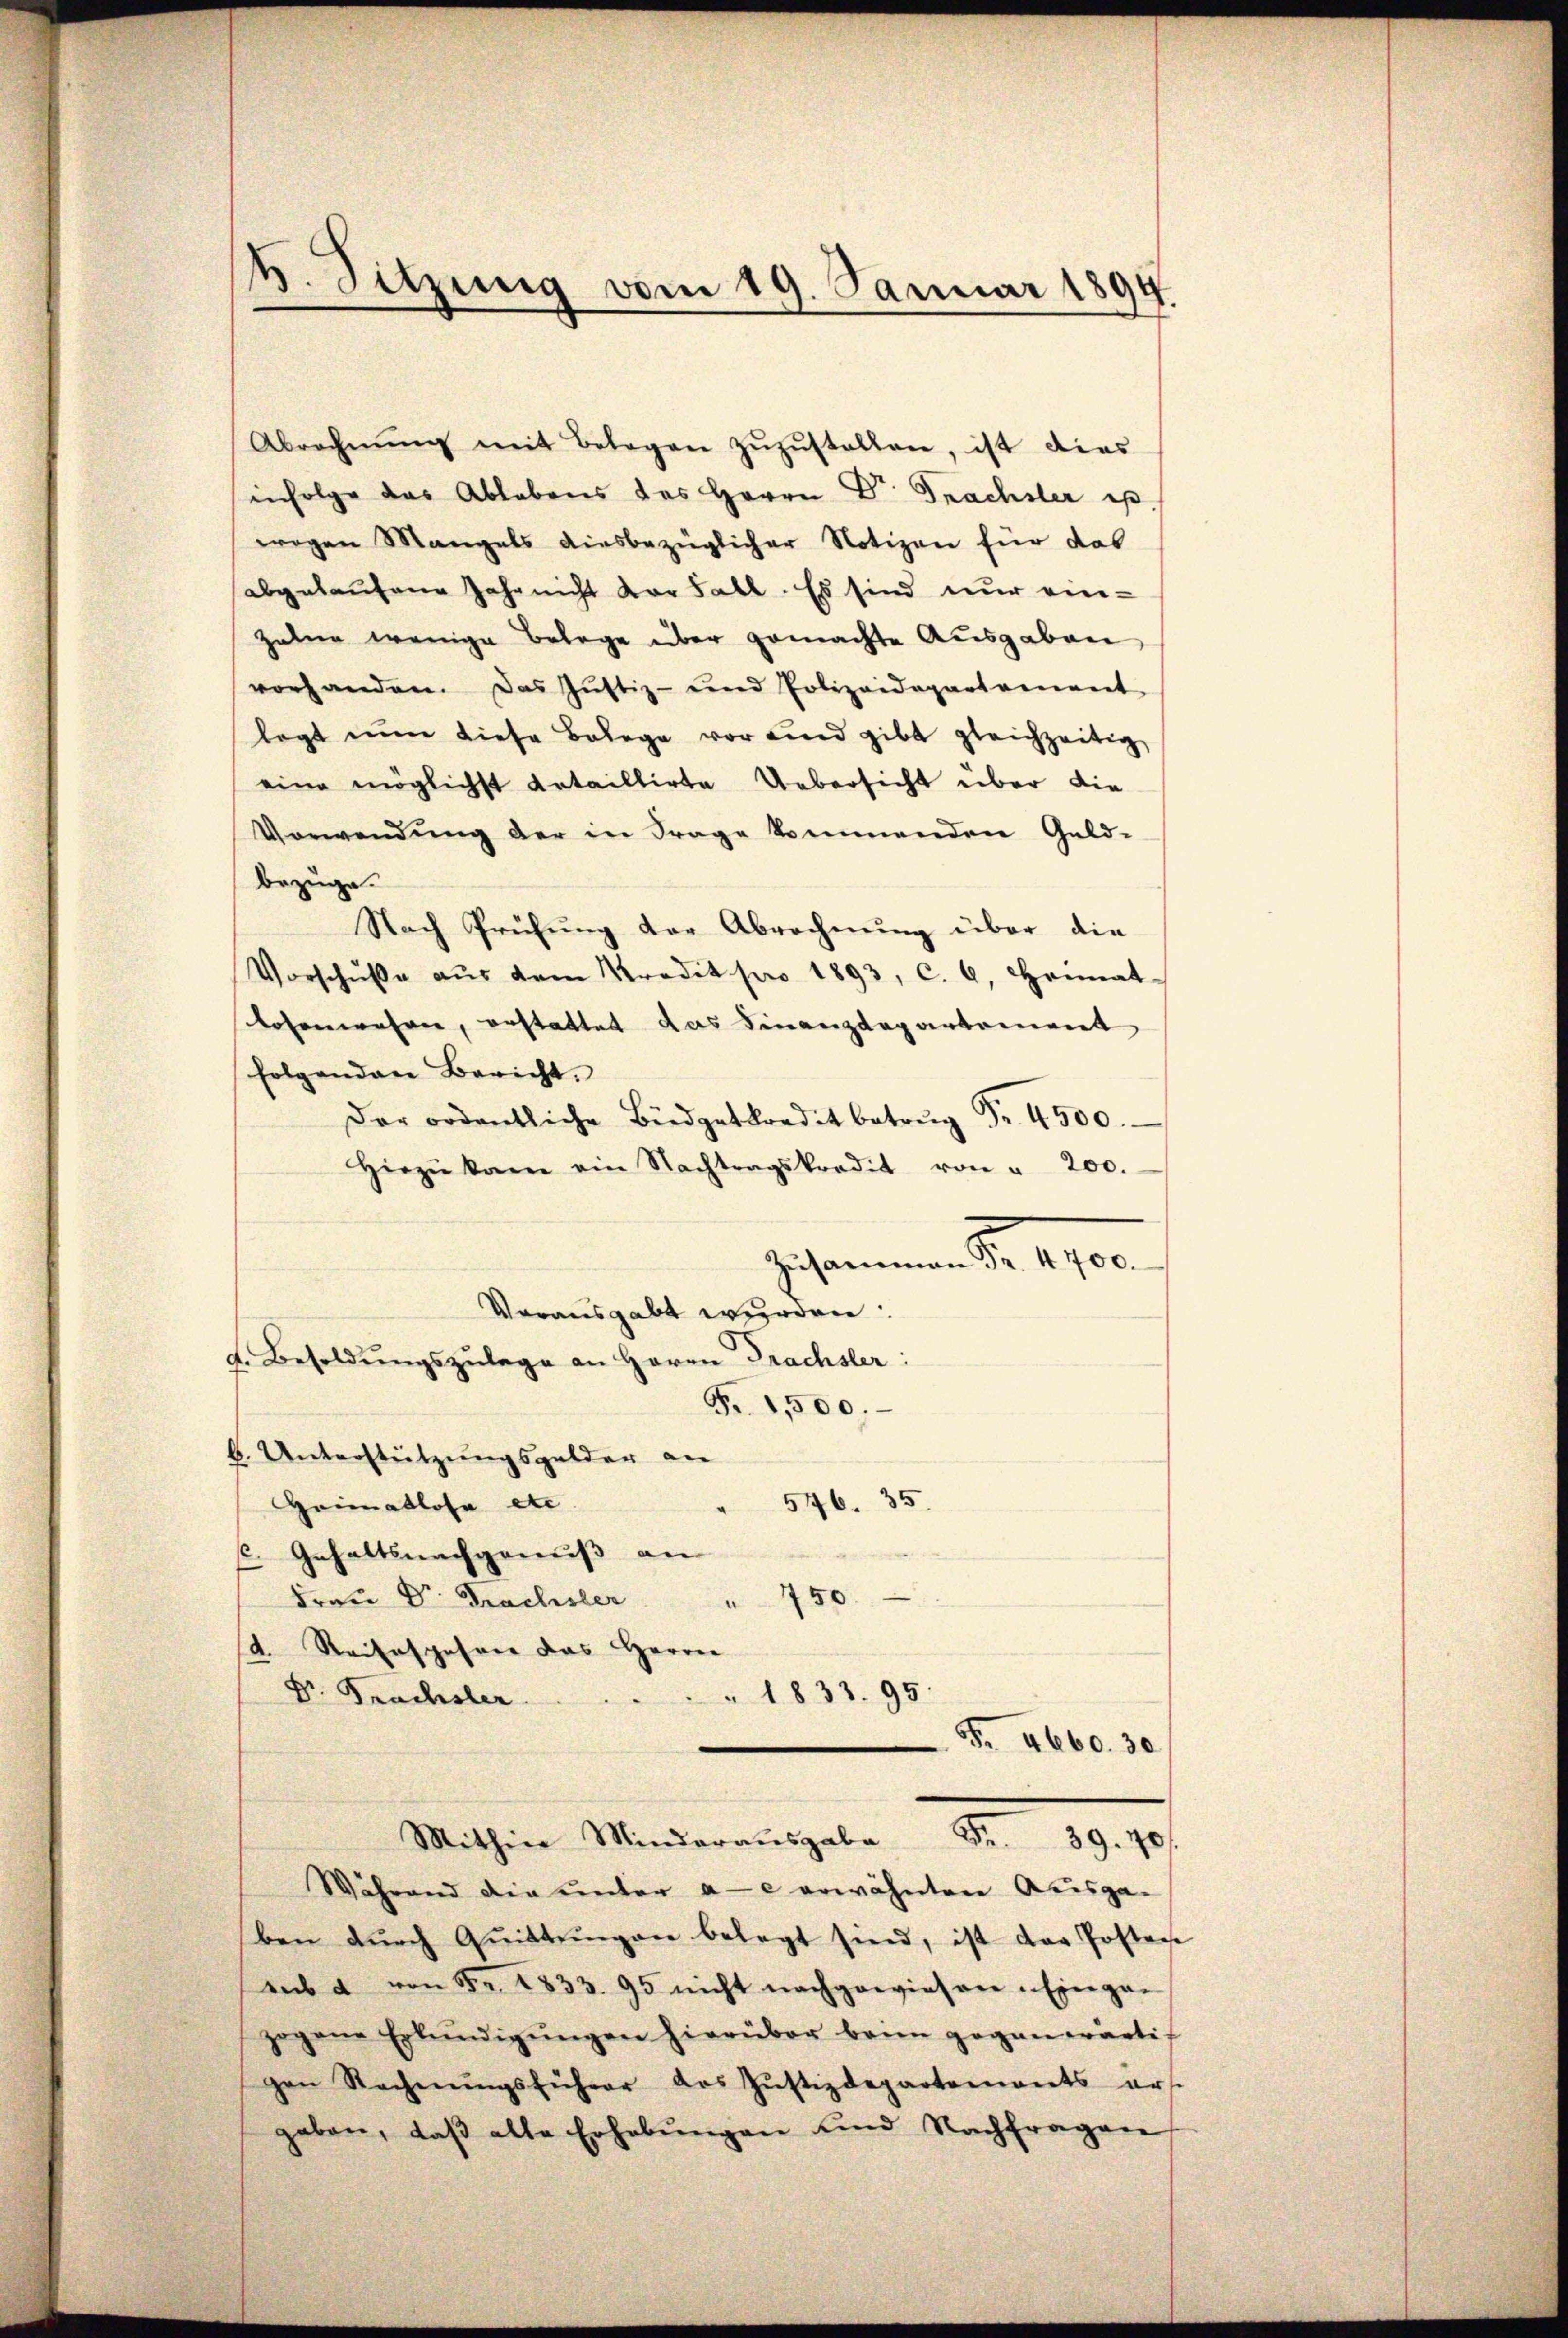
Abrechnŭng mit Belegen zŭzŭstellen, ist dies
infolge das Ablebens des Herrn Dr. Frachsler es.
wegen Mangels ausbezüglicher Notizen für das
abgelaufene Jahr nicht vor Fall. Es sind nur ein-
Zahne wenige Belege über gemachte Ausgaben
vorhanden. Das Justiz- und Polizeidepartement
legt nun diese Belege vor und gibt gleichzeitig
eine möglichst Artaillirte Uebersicht über die
Verwendung der in Frage kommenden Geld-
bezüge.
Nach Prüfung der Abrechnung über die
Vorschŭβe aŭs dem Predit pro 1893, c. 6. Heimat-
losenwahren, erstattet das Finanzdepartement
folgendere Bericht.
Der ordentliche Büdgetkredit betrŭg Fr. 4500.
hirzŭ kam ein Nachtragskredit von " 200.
Zusammenen S. 1700.
Vorausgabt werden:
d. Besoldŭngszulage an Herrn Prachster:
Fr. 1,500.
b. Unterstützungsgelder an
546. 35.
Heimatlose etc
C. Gehaltsnachgenuß an
Frau Dr. Frachsler " 750.
4. Reisespahrer das Herrn
Dr. Prachsler.
1833. 95.
F. 4660. 30
Mithin Minderausgabe . 39. 70
Während der unter ae erwähnten Ausgaben dŭrch Qŭittŭngen belegt sind, ist der Posten
aub a von Fr. 1833. 95 nicht nachgewiesen Eingan
zogane Erkŭndigŭngen hierüber beim gegenwärtig
gen Rechnŭngsführer des Jŭstizdepartements ers
gaben, daβ alte Erhebŭngen und Nachfragen

h. Sitzung vom 19. Januar 1894